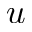
u